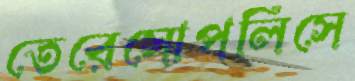
তেরেসোপলিসে